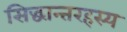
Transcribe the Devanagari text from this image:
सिद्धान्तरहस्य